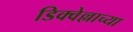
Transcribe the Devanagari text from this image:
डिक्वेल्लाच्या